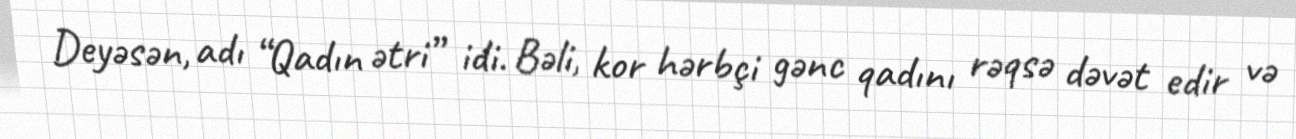
Deyəsən, adı “Qadın ətri” idi. Bəli, kor hərbçi gənc qadını rəqsə dəvət edir və